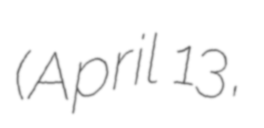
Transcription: (April 13,